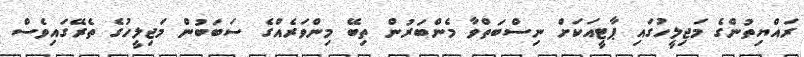
ރައްޔިތުންގެ މަޖިލީހުގައި ޕާޓީއަކަށް ނިސްބަތްވާ މެންބަރުން ތިބޭ މިންވަރެއްގެ ސަބަބުން މަޖިލީހުގެ ތެރޭގައިވެސް